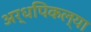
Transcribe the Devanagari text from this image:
अर्धपिकल्या